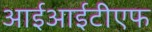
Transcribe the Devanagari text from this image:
आईआईटीएफ